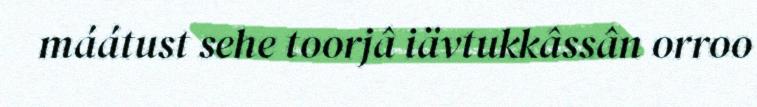
máátust sehe toorjâ iävtukkâssân orroo